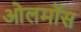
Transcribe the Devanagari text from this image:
ओलमॉस